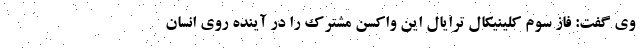
وی گفت: فاز سوم کلینیکال ترایال این واکسن مشترک را در آینده روی انسان